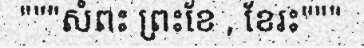
"""សំពះ ព្រះខែ , ខែរះ"""